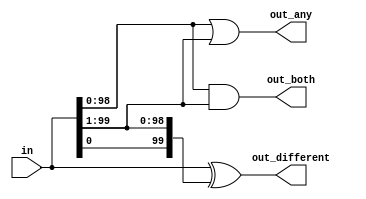
// This program was cloned from: https://github.com/milind7777/VerilogDocGen
// License: MIT License

module gatesv100 (
  input [99:0] in,
  output [98:0] out_both,
  output [99:1] out_any,
  output [99:0] out_different

);

  assign out_both = in & in[99:1];
  assign out_any = in | in[99:1];
  assign out_different = in^{in[0], in[99:1]};

endmodule